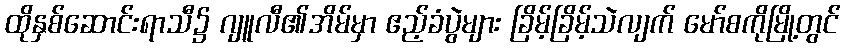
ထိုနှစ်ဆောင်းရာသီ၌ ဂျူလီ၏အိမ်မှာ ဧည့်ခံပွဲများ ခြိမ့်ခြိမ့်သဲလျက် မော်စကိုမြို့တွင်